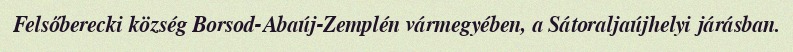
Felsőberecki község Borsod-Abaúj-Zemplén vármegyében, a Sátoraljaújhelyi járásban.